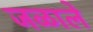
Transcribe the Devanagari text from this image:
जळाले